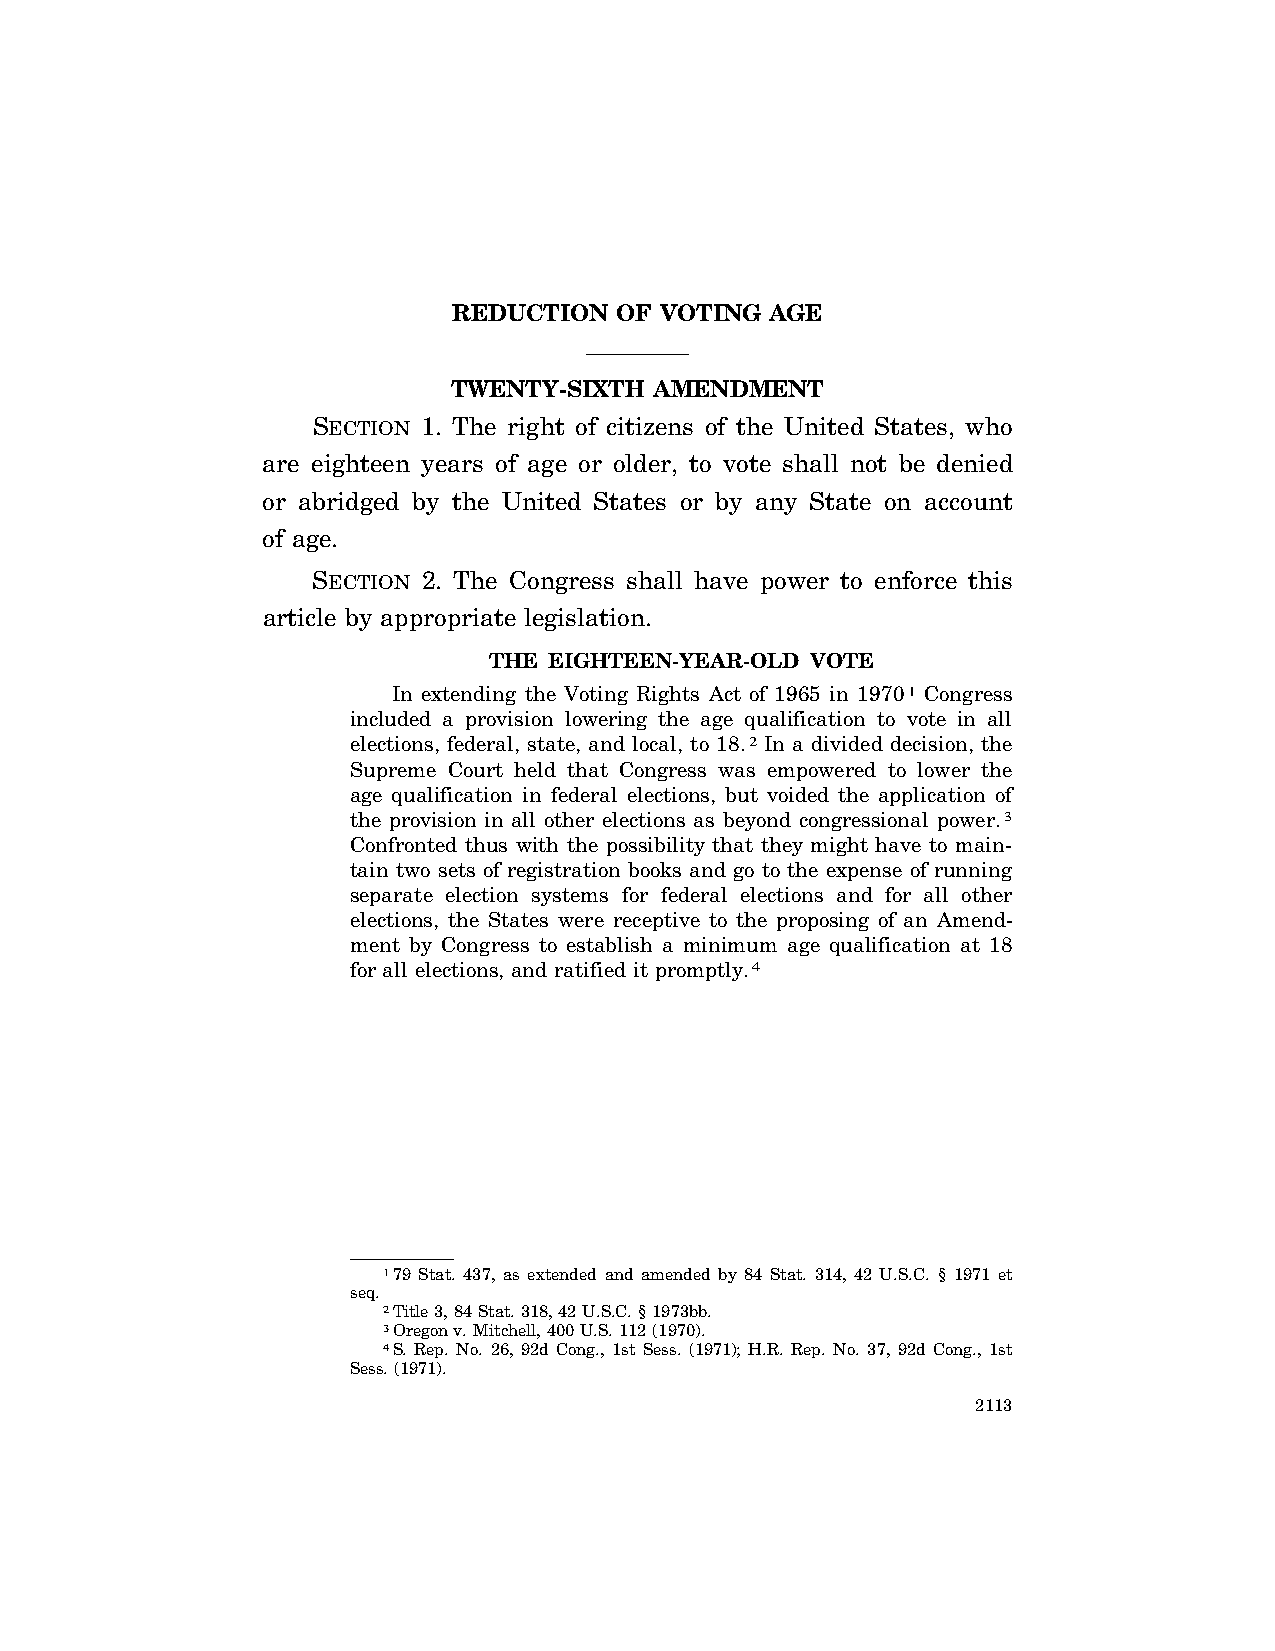
REDUCTION  OF VOTING AGE
 TWENTY-SIXTH AMENDMENT
 SECTION 1. The right of citizens of the United States, who
 are eighteen years of age or older, to vote shall not be denied
 or abridged by the United States or by any State on account
 of age.
 SECTION 2. The Congress shall have power to enforce this
 article by appropriate legislation.
 THE EIGHTEEN-YEAR-OLD VOTE
 In extending the Voting Rights Act of 1965 in 19701 Congress
 included a provision lowering the age qualification to vote in all
 elections, federal, state, and local, to 18.2 In a divided decision, the
 Supreme Court held that Congress was empowered to lower the
 age qualification in federal elections, but voided the application of
 the provision in all other elections as beyond congressional power.3
 Confronted thus with the possibility that they might have to main-
 tain two sets of registration books and go to the expense of running
 separate election systems for federal elections and for all other
 elections, the States were receptive to the proposing of an Amend-
 ment by Congress to establish a minimum age qualification at 18
 for all elections, and ratified it promptly.4
 179 Stat. 437, as extended and amended by 84 Stat. 314, 42 U.S.C. § 1971 et
 seq.
 2Title 3, 84 Stat. 318, 42 U.S.C. § 1973bb.
 3Oregon v. Mitchell, 400 U.S. 112 (1970).
 4S. Rep. No. 26, 92d Cong., 1st Sess. (1971); H.R. Rep. No. 37, 92d Cong., 1st
 Sess. (1971).
 2113
 VerDate Apr<15>2004 15:04 Jun 28, 2004 Jkt 077500 PO 00000 Frm 00001 Fmt 8222 Sfmt 8222 C:\CONAN\CON061.SGM PRFM99 PsN: CON061